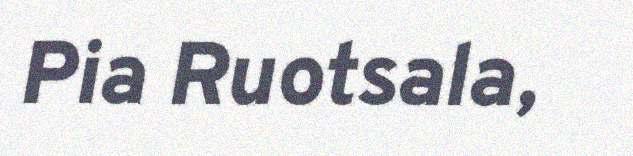
Pia Ruotsala,